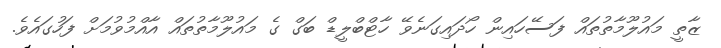
ޒާތީ މައުލޫމާތުތައް ފަސޭހައިން ހޯދައިގަނެވޭ ހާޓްބްލީޑް ބަގް ގެ މައުލޫމާތުތައް އާއްމުވުމަށް ފަހުގައެވެ.